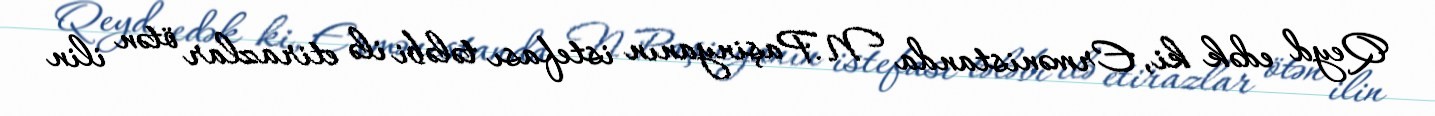
Qeyd edək ki, Ermənistanda N.Paşinyanın istefası tələbi ilə etirazlar ötən ilin